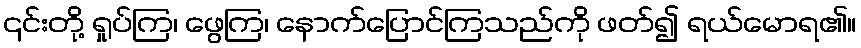
၎င်းတို့ ရှုပ်ကြ၊ ဖွေကြ၊ နောက်ပြောင်ကြသည်ကို ဖတ်၍ ရယ်မောရ၏။